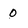
Character: 0